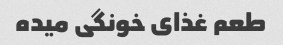
طعم غذای خونگی میده